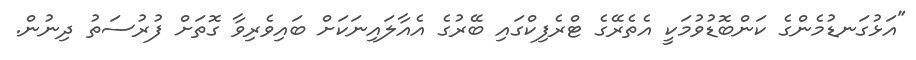
"އަޅުގަނޑުމެންގެ ކަންބޮޑުވުމަކީ އެތެރޭގެ ޓްރެފިކްގައި ބޭރުގެ އެއާލައިނަކަށް ބައިވެރިވާ ގޮތަށް ފުރުސަތު ދިނުން.